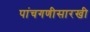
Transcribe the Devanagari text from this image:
पांचगणीसारखी